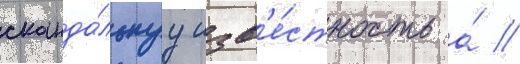
сканда́льнуу изв'е́стность а́ //